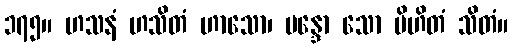
၁၇၅။ ဟသနံ ဟသိတံ ဟာသော၊ မန္ဒော သော မိဟိတံ သိတံ။